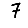
Digit: 7